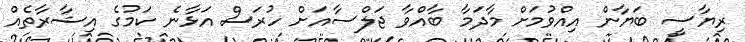
ރިޔާސީ ބަޔާން އިއްވުމަށް މާދަމާ ބާއްވާ ޖަލްސާއަށް ހުރަސް އަޅާނެ ކަމުގެ އިޝާރާތެއް